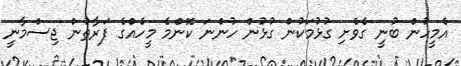
އެމީހުން ބުނީ ގެވެށި ގުޅުމަކުން ގުޅުން ހުންނަ ކޮންމެ މީހެއްގެ ފަރާތުން ޖިސްމާނީ